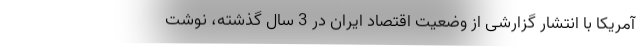
آمریکا با انتشار گزارشی از وضعیت اقتصاد ایران در 3 سال گذشته، نوشت